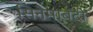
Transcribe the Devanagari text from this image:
सिनेमाबंदी